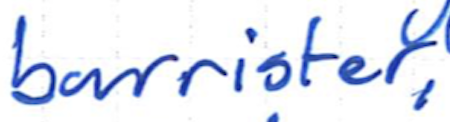
Text: barrister,
Cross-out: clean
Writing tool: ballpoint